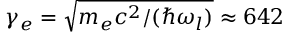
\gamma _ { e } = \sqrt { m _ { e } c ^ { 2 } / ( \hbar \omega _ { l } ) } \approx 6 4 2